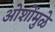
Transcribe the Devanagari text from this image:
ओशोंमुळे